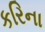
કરિના